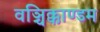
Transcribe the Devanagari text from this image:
वञ्चिक्काण्डम